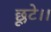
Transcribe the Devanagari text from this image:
छूटे।।